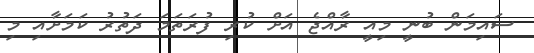
ސައިމަން ބުނީ މިއީ ރާއްޖެ އަށް ކުރި ފުރަތަމަ ދަތުރު ކަމަށާއި މި